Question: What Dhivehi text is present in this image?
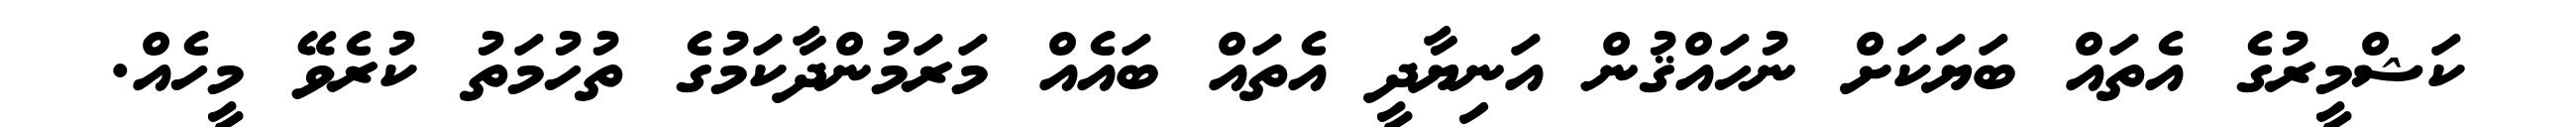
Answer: ކަޝްމީރުގެ އެތައް ބަޔަކަށް ނުހައްޤުން އަނިޔާދީ އެތައް ބައެއް މަރަމުންދާކަމުގެ ތުހުމަތު ކުރެވޭ މީހެއް.